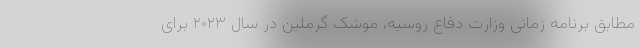
مطابق برنامه زمانی وزارت دفاع روسیه، موشک گرملین در سال ۲۰۲۳ برای